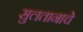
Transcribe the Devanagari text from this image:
सुलतानाचे